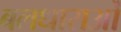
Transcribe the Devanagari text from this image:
बलधाराओं